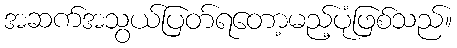
အဆက်အသွယ်ပြတ်ရတော့မည့်ပုံဖြစ်သည်။